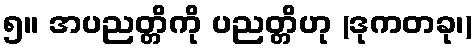
၅။ အပညတ္တိကို ပညတ္တိဟု (ဒုကတခု၊)